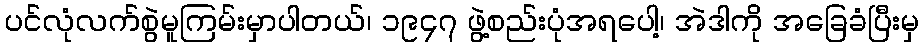
ပင်လုံလက်စွဲမူကြမ်းမှာပါတယ်၊ ၁၉၄၇ ဖွဲ့စည်းပုံအရပေါ့၊ အဲဒါကို အခြေခံပြီးမှ